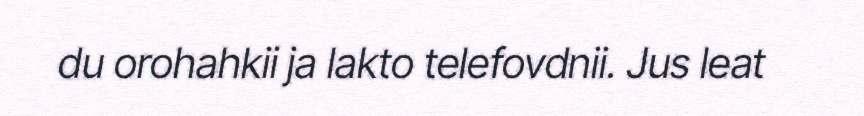
du orohahkii ja lakto telefovdnii. Jus leat